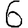
Digit: 6